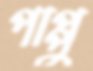
পাপ্পু